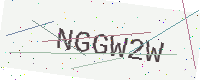
Text: NGGW2W